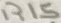
Text: R15